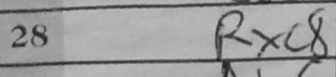
Transcription: Rxc8